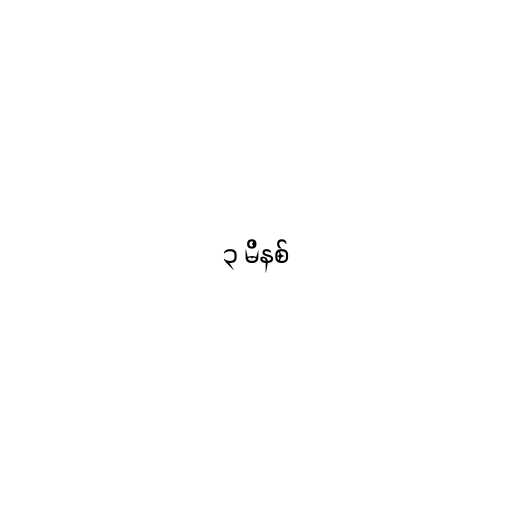
၃ မိနစ်